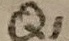
Text: Q1